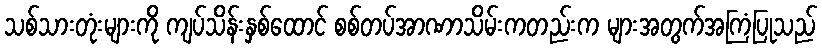
သစ်သားတုံးများကို ကျပ်သိန်းနှစ်ထောင် စစ်တပ်အာဏာသိမ်းကတည်းက များအတွက်အကြံပြုသည်